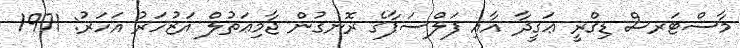
މާސްޓަރސް ޑިގްރީ ޢަޤީދާ އާއި ފަލްސަފާގެ ރޮނގުން ޖާމިޢަތުލް އަޒުހަރު އަހަރު: 1971